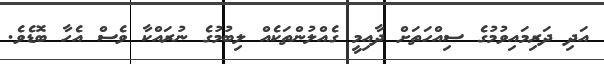
އަދި ދަރިމައިވުމުގެ ސިއްހަތަށް ދާއިމީ ގެއްލުންތަކެއް ލިބުމުގެ ނުރައްކާ ވެސް އެހާ ބޮޑެވެ.